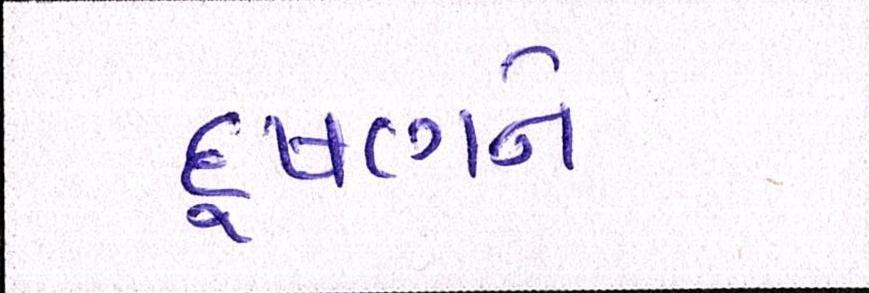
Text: દુષણને